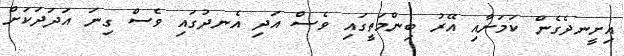
އިށީނދެގެން ކަމަށާއި އޭރު ބިންމަތީގައި ވެސް އަދި އެނދުގައި ވެސް ގިނަ އަދަދަކަށް